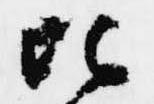
比